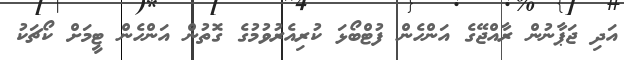
އަދި ޖަޕާނުން ރާއްޖޭގެ އަންހެން ފުޓްބޯޅަ ކުރިއެރުވުމުގެ ގޮތުން އަންހެން ޓީމަށް ކޯޗަކު